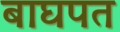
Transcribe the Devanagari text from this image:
बाघपत